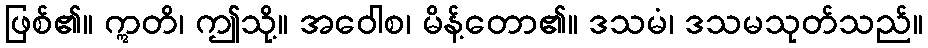
ဖြစ်၏။ ဣတိ၊ ဤသို့။ အဝေါစ၊ မိန့်တော၏။ ဒသမံ၊ ဒသမသုတ်သည်။